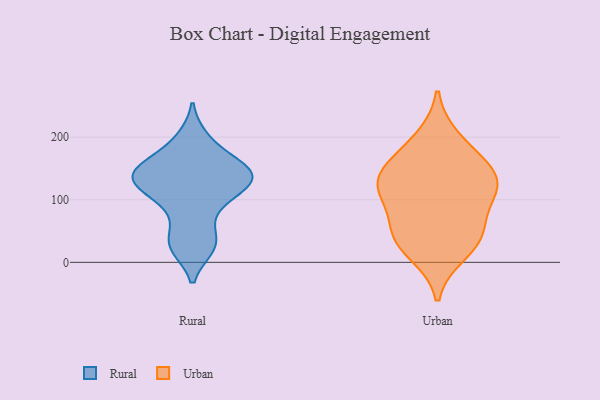
{"axis": {"x": "Population (Million)", "y": "Value"}, "legend": ["Rural", "Urban"], "data": [{"x": "", "y": 149, "type": "Rural"}, {"x": "", "y": 124, "type": "Rural"}, {"x": "", "y": 145, "type": "Rural"}, {"x": "", "y": 141, "type": "Rural"}, {"x": "", "y": 23, "type": "Rural"}, {"x": "", "y": 130, "type": "Rural"}, {"x": "", "y": 141, "type": "Rural"}, {"x": "", "y": 199, "type": "Rural"}, {"x": "", "y": 171, "type": "Rural"}, {"x": "", "y": 25, "type": "Rural"}, {"x": "", "y": 101, "type": "Rural"}, {"x": "", "y": 52, "type": "Rural"}, {"x": "", "y": 99, "type": "Rural"}, {"x": "", "y": 40, "type": "Urban"}, {"x": "", "y": 44, "type": "Urban"}, {"x": "", "y": 164, "type": "Urban"}, {"x": "", "y": 119, "type": "Urban"}, {"x": "", "y": 113, "type": "Urban"}, {"x": "", "y": 54, "type": "Urban"}, {"x": "", "y": 197, "type": "Urban"}, {"x": "", "y": 149, "type": "Urban"}, {"x": "", "y": 130, "type": "Urban"}, {"x": "", "y": 111, "type": "Urban"}, {"x": "", "y": 15, "type": "Urban"}]}